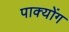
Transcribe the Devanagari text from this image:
पाक्योंग